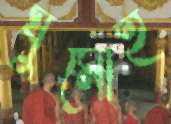
ঘুমোই